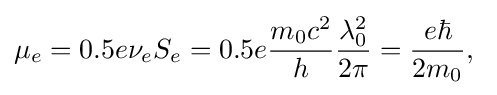
\mu _{e}=0.5e\nu _{e}S_{e}=0.5e{\frac {m_{0}c^{2}}{h}}{\frac {\lambda _{0}^{2}}{2\pi }}={\frac {e\hbar }{2m_{0}}},\